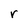
Character: r